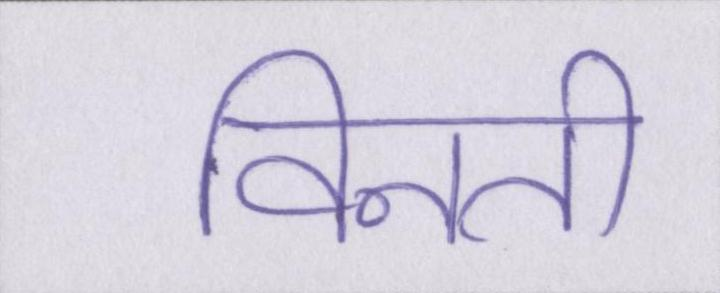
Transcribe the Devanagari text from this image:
विनती